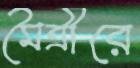
মৈত্রীরে